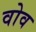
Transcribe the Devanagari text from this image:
वोव